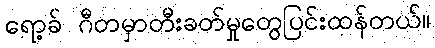
ရော့ခ် ဂီတမှာတီးခတ်မှုတွေပြင်းထန်တယ်။